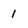
Character: 1